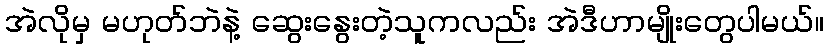
အဲလိုမှ မဟုတ်ဘဲနဲ့ ဆွေးနွေးတဲ့သူကလည်း အဲဒီဟာမျိုးတွေပါမယ်။